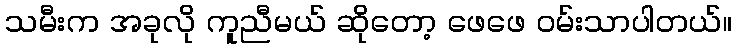
သမီးက အခုလို ကူညီမယ် ဆိုတော့ ဖေဖေ ဝမ်းသာပါတယ်။